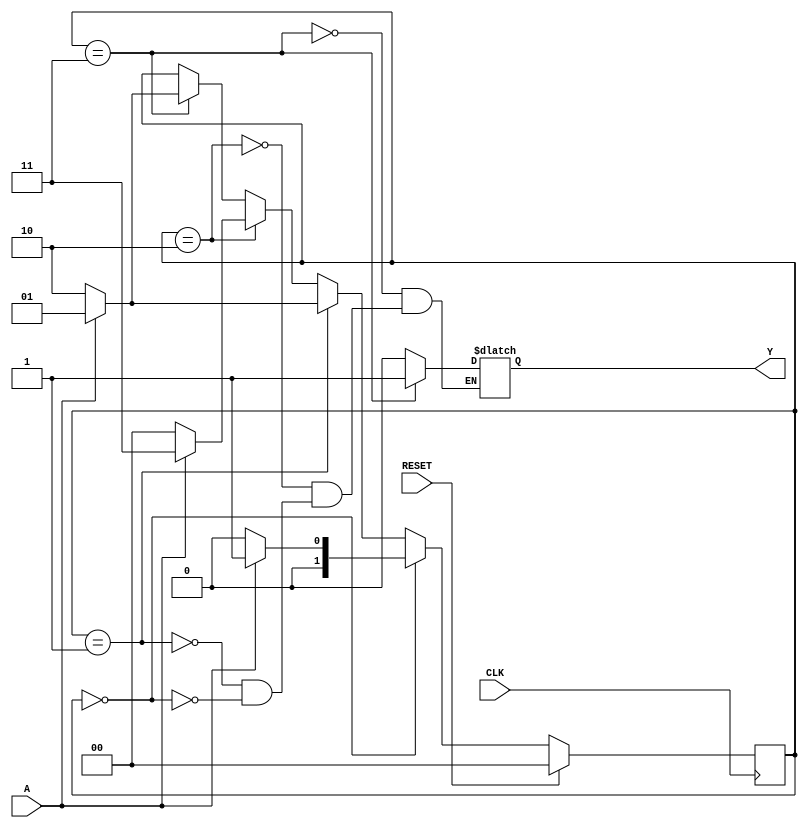
//
//	Last Editted: 2/23/2016
//  
//
//	Purpose: Detect the pattern 101 from an input signal and assert
// 	an output sigal for 1 clock cycle when detected.
//	Inputs:
//		A: input waveform to monitor for the pattern 101
//		CLK: periodioc clock signal
//		RESET: when asserted, forces the system into state S0, works synchronously
//	Outputs:
//		Y: set to 1 for one clock cycle when 101 is detected on the A input
//	Implementation details:
//		The states for the Moore state machince are defined as follows:
//			S0, encoded a 00, represents having seen 0 bits of the sequence - output is 0
//			S1, encoded a 01, represents having seen 1 bit of the sequence - output is 0
//			S2, encoded a 10, represents having seen 2 bits of the sequence - output is 0
//			S3, encoded a 11, represents having seen 3 bits of the sequence - output is 1
//


module lec7ex1 (
A,		// serial input signal
CLK,	// clock input
RESET,	// state machine reset
Y		// output signal indicating 101 has been detected
);
//  Input ports
input	A;
input 	CLK;
input	RESET;
// Output ports
output Y;

wire A;
wire CLK;
wire RESET;
reg [1:0] state;
reg Y;

always @ (posedge CLK) // Only positive transition on clock is the sensitivity list
						// can add or RESET for asynchronous reset
begin
	#2;
	if (RESET == 1) begin
		state = 2'b00;
	end 
	else begin	// This implements the transitions of the state machine
		if (state == 2'b00)	begin		// state where no bits have been found
			if(A == 0) state = 2'b00;
			if(A == 1) state = 2'b01;
		end 
		else if (state == 2'b01) begin // state with 1 _ _ found
			if(A == 0) state = 2'b10;
			if(A == 1) state = 2'b01;
		end 
		else if (state == 2'b10) begin // state with 1 0 _ found	
			if(A == 0) state = 2'b00;
			if(A == 1) state = 2'b11;
		end 
		else if (state == 2'b11) begin // state with 1 0 1 found
			if(A == 0) state = 2'b10;
			if(A == 1) state = 2'b01;	
		end
	end
end

// Moore machine output section
always @ (state) 
begin
	if (state == 2'b00) Y = 0;  // pattern 101 hasn't been detected...
	if (state == 2'b01) Y = 0;
	if (state == 2'b10) Y = 0;
	if (state == 2'b11) Y = 1;  // pattern is found in state 11, assert output
end
	
endmodule

module lec7ex1_tb;  	// Note, no interface to testbenches
 reg wA,wCLK,wRESET;    // signals to be commanded must be "reg"
 wire wY;				// output from unit-under-test is "wire"

 
initial  begin
    $dumpfile ("lec7ex1.vcd"); 
	$dumpvars; 
end 

initial begin
	wRESET = 1;
	wCLK = 0;
	wA = 0;
	#8 wRESET = 0;	// test S00, A=0
	#10 wA = 1;		// test S00, A=1
	#20 wA = 0;		// test S01, A=1, then test S01, A=0
	#10 wA = 1;		// test S10, A=1
	#10 wA = 0;		// test S11, A=0
	#20 wA = 1;		// test S10, A=0
	#10 wA = 0;
	#10 wA = 1;		// test S11, A-1
	#20;
	$finish;
end

always begin
	#5 wCLK =! wCLK;
end

// Connect UUT to test bench signals
lec7ex1 uut(
.A		(wA),
.CLK	(wCLK),
.RESET	(wRESET),
.Y		(wY)
);
endmodule